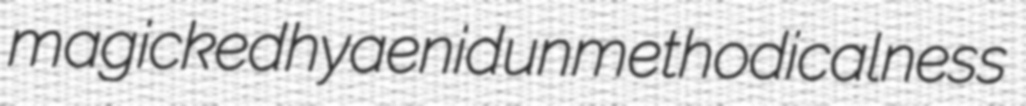
magicked hyaenid unmethodicalness